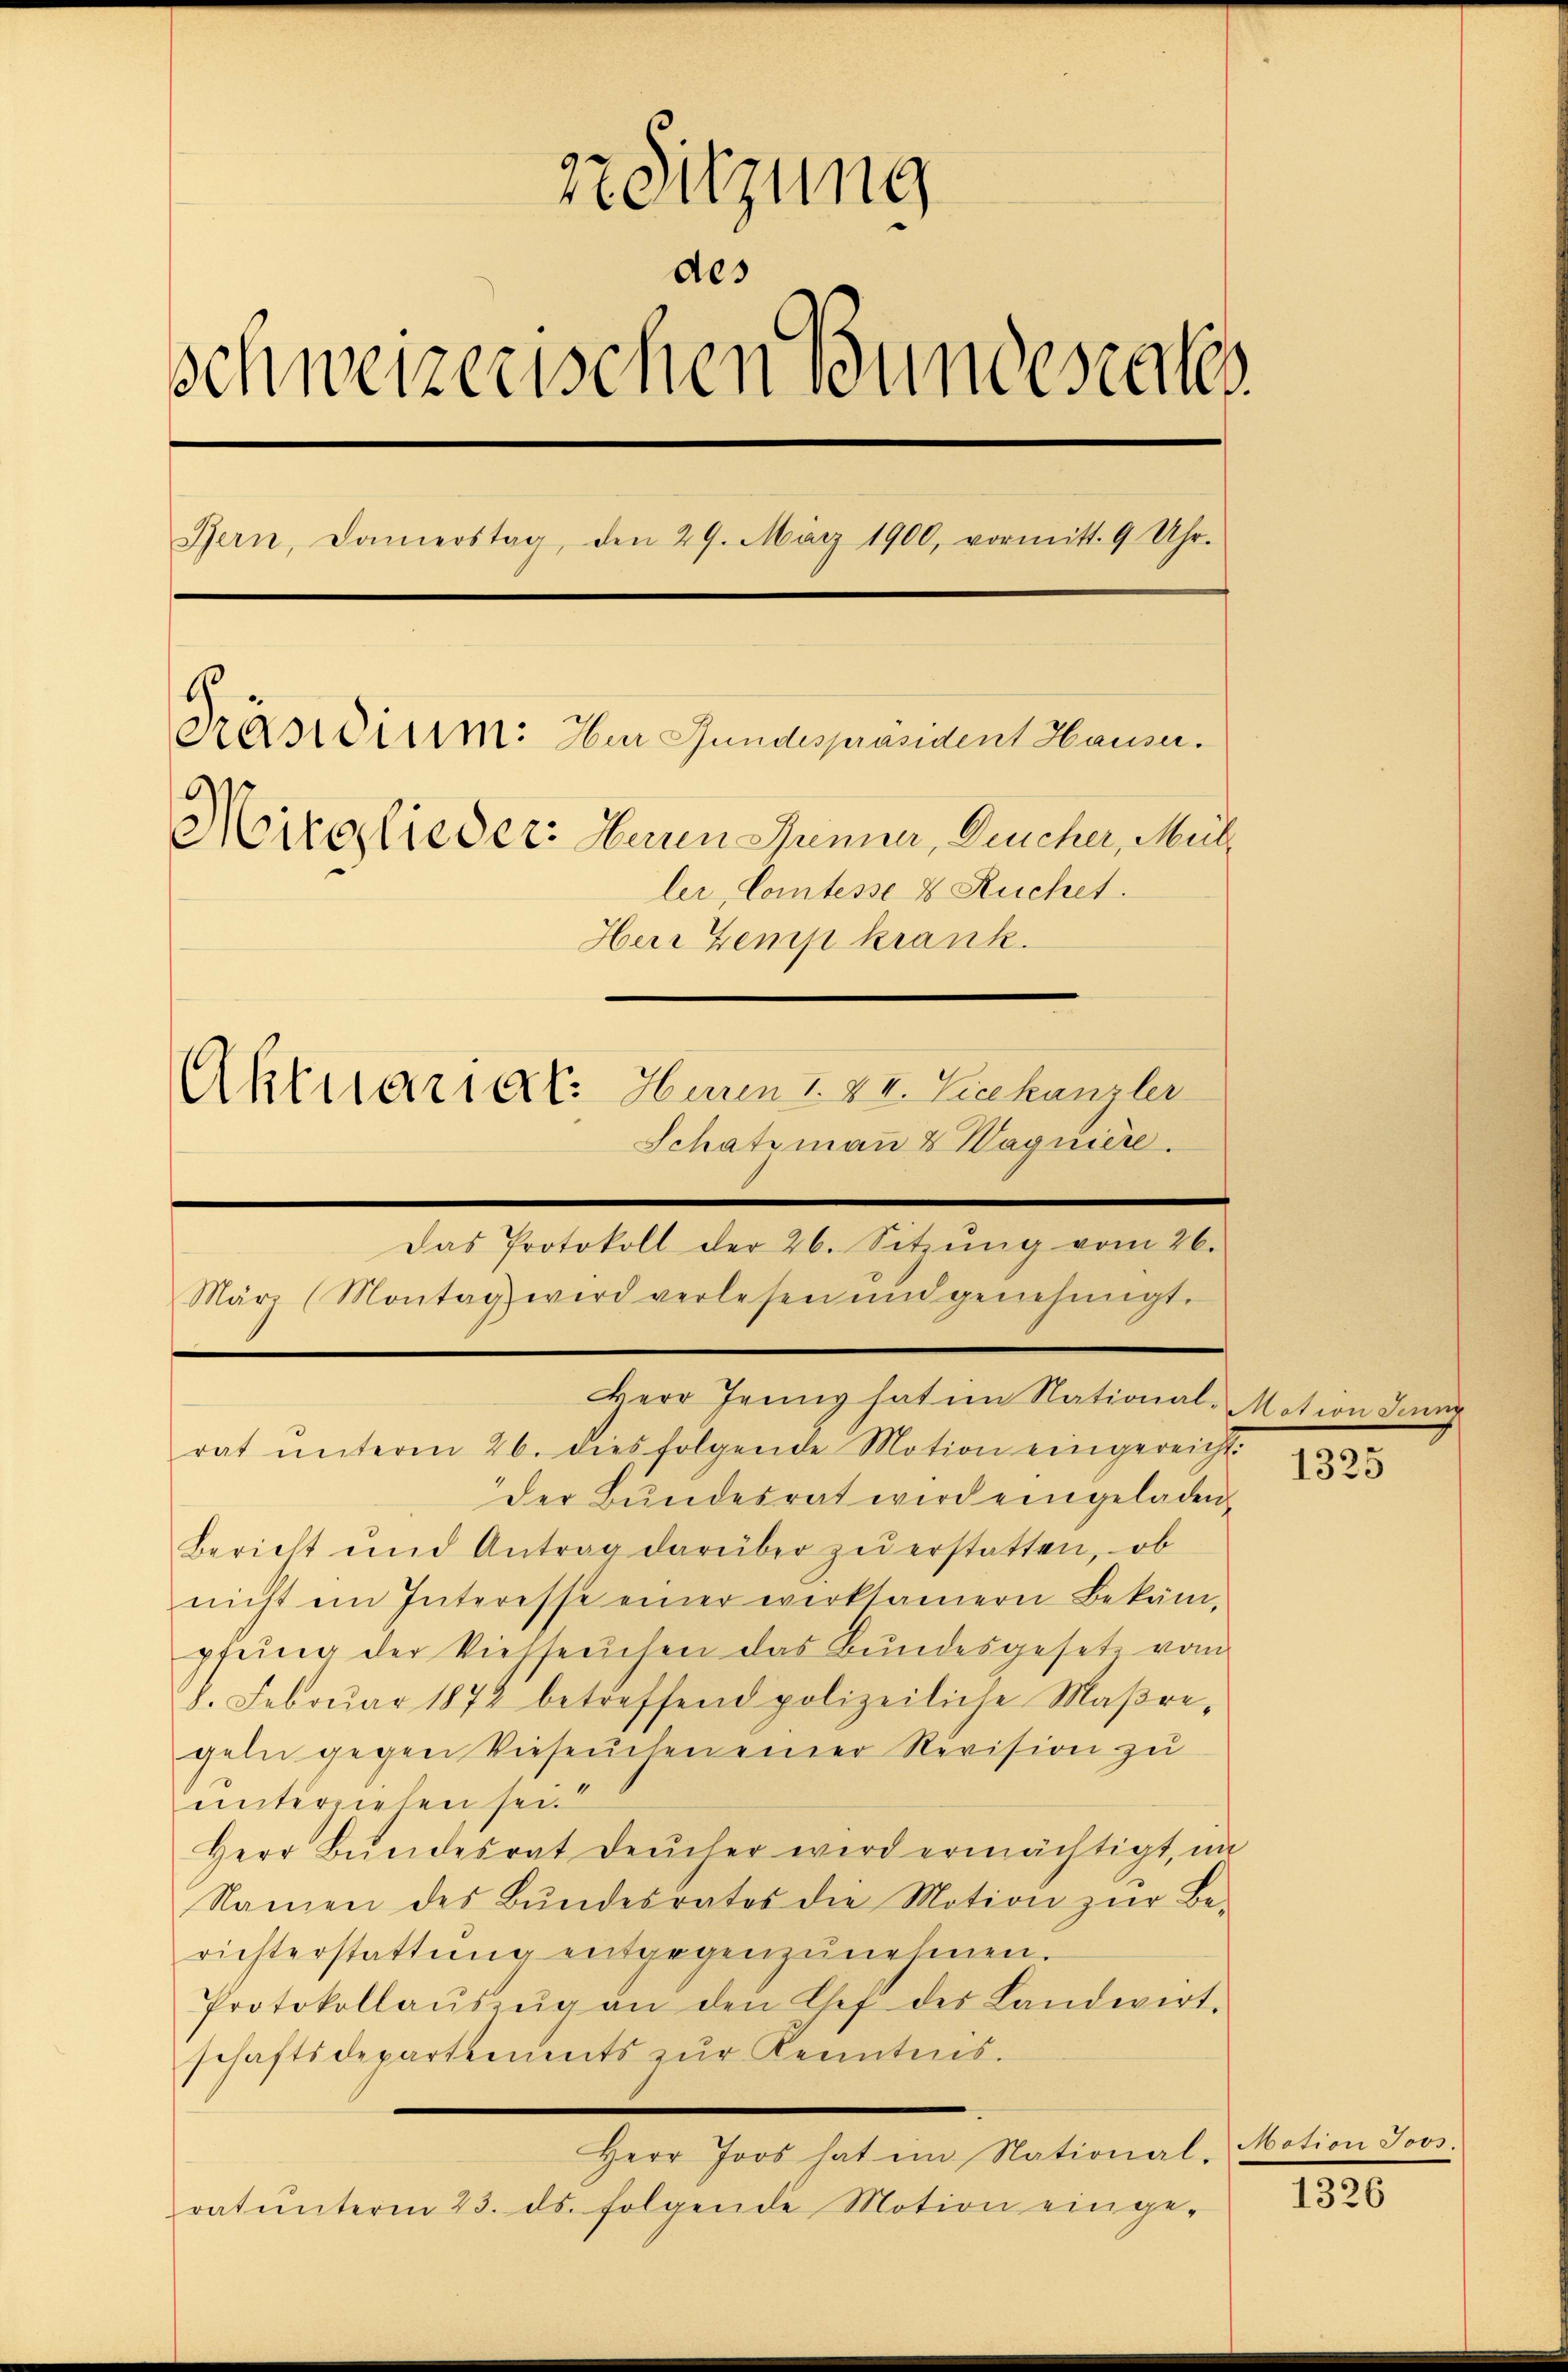
2r Sitzung
des
schweizerischen Bundesrates
Bern, Damerstag, den 29. März 1900, vormitt. 9 Uhr.
.
anidium: Herr Gundespräsident Hauser.
Mirglieder: Herren Jenner, Deucher, Meil
ler, Comtesse & Ruchet.
Herr Zemp krank.
Aktuariat. Huren I. XI. Liechanzler
Schatzmann & Wagnière.

Das Protokoll der 26. Sitzŭng vom 26.
März (Montag wird verlesen und genehmigt.
Herr Jenny hat im Nationale Motion Jun

rat ŭnterm 26. dies folgende Motion eingereicht:
der Bundesrat wird eingeladen,
Bericht und Antrag darüber zŭ erstatten, ob
nicht im Interesse einer werksamern Bekäm-
pfŭng der Viehseuchen das Bundesgesetz vom
8. Febrŭar 1872 betreffend polizeiliche Maβre-
geln gegen Vieseuchen einer Revision zu
unterziehen sei.
Herr Bŭndesrat Deucher wird ermächtigt, na
Namen des Bŭndesrates die Motion zŭr Be-
richterstattŭng entgegenzunehmen.
Protokollaŭszŭg an den Chef des Landwirt-
schaftsdepartements zŭr Kenntnis.
Herr Joos hat im National-Motion Joos.
ratŭnterm 23. ds. folgende Motion einge-

1325

1326